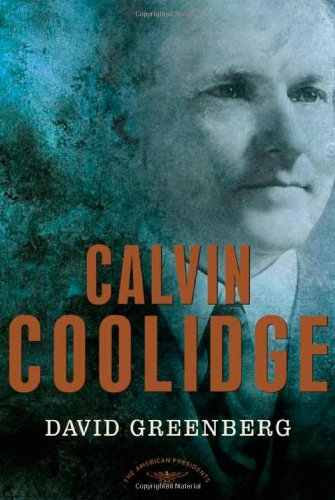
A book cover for Calvin Coolidge; David Greenberg; Biographies & Memoirs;